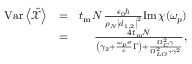
\begin{array} { r l r } { \mathrm { V a r } \left< \hat { \mathcal X } \right> } & { = } & { t _ { \mathrm { m } } N \, \frac { \epsilon _ { 0 } \hbar } { \rho _ { N } \left| \boldsymbol d _ { 1 , 2 } \right| ^ { 2 } } \mathrm { I m } \, \chi ( \omega _ { p } ) } \\ & { = } & { \frac { 4 t _ { \mathrm { m } } N } { \left( \gamma _ { 2 } + \frac { \omega _ { p } \sigma } { c } \Gamma \right) + \frac { \Omega _ { C } ^ { 2 } \gamma } { \Omega _ { L O } ^ { 2 } + \gamma ^ { 2 } } } , } \end{array}